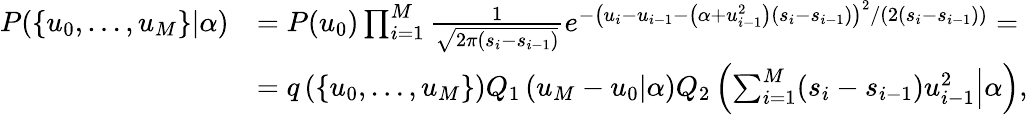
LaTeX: \begin{array}{rl}{P(\{ u_{0},\ldots,u_{M}\} |\alpha)}&{=P(u_{0})\prod_{i=1}^{M}\frac{1}{\sqrt{2\pi(s_{i}-s_{i-1})}}e^{-\left(u_{i}-u_{i-1}-\left(\alpha+u_{i-1}^{2}\right)\left(s_{i}-s_{i-1}\right)\right)^{2}/\left(2\left(s_{i}-s_{i-1}\right)\right)}=}\\ &{=q\left(\{ u_{0},\ldots,u_{M}\} \right)Q_{1}\left(u_{M}-u_{0}|\alpha\right)Q_{2}\left(\left.\sum_{i=1}^{M}(s_{i}-s_{i-1})u_{i-1}^{2}\right|\alpha\right),}\end{array}